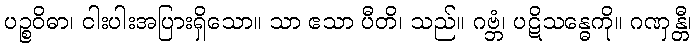
ပဉ္စဝိဓာ၊ ငါးပါးအပြားရှိသော။ သာ ဧသာ ပီတိ၊ သည်။ ဂဗ္ဘံ၊ ပဋိသန္ဓေကို။ ဂဏှန္တီ၊